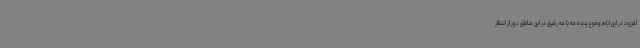
افزود: در این ایام وقوع پدیده مه یا مه رقیق در این مناطق دور از انتظار